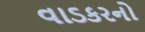
વાડકરનો